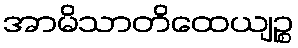
အာမိသာတိထေယျဉ္စ